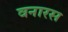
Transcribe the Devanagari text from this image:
वनारस